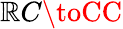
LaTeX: \mathbb{R}C\toCC